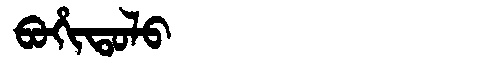
Manchu: ᠪᠣᡥᡳᡨᠣᠯᠣ
Romanization: BOHITOLO